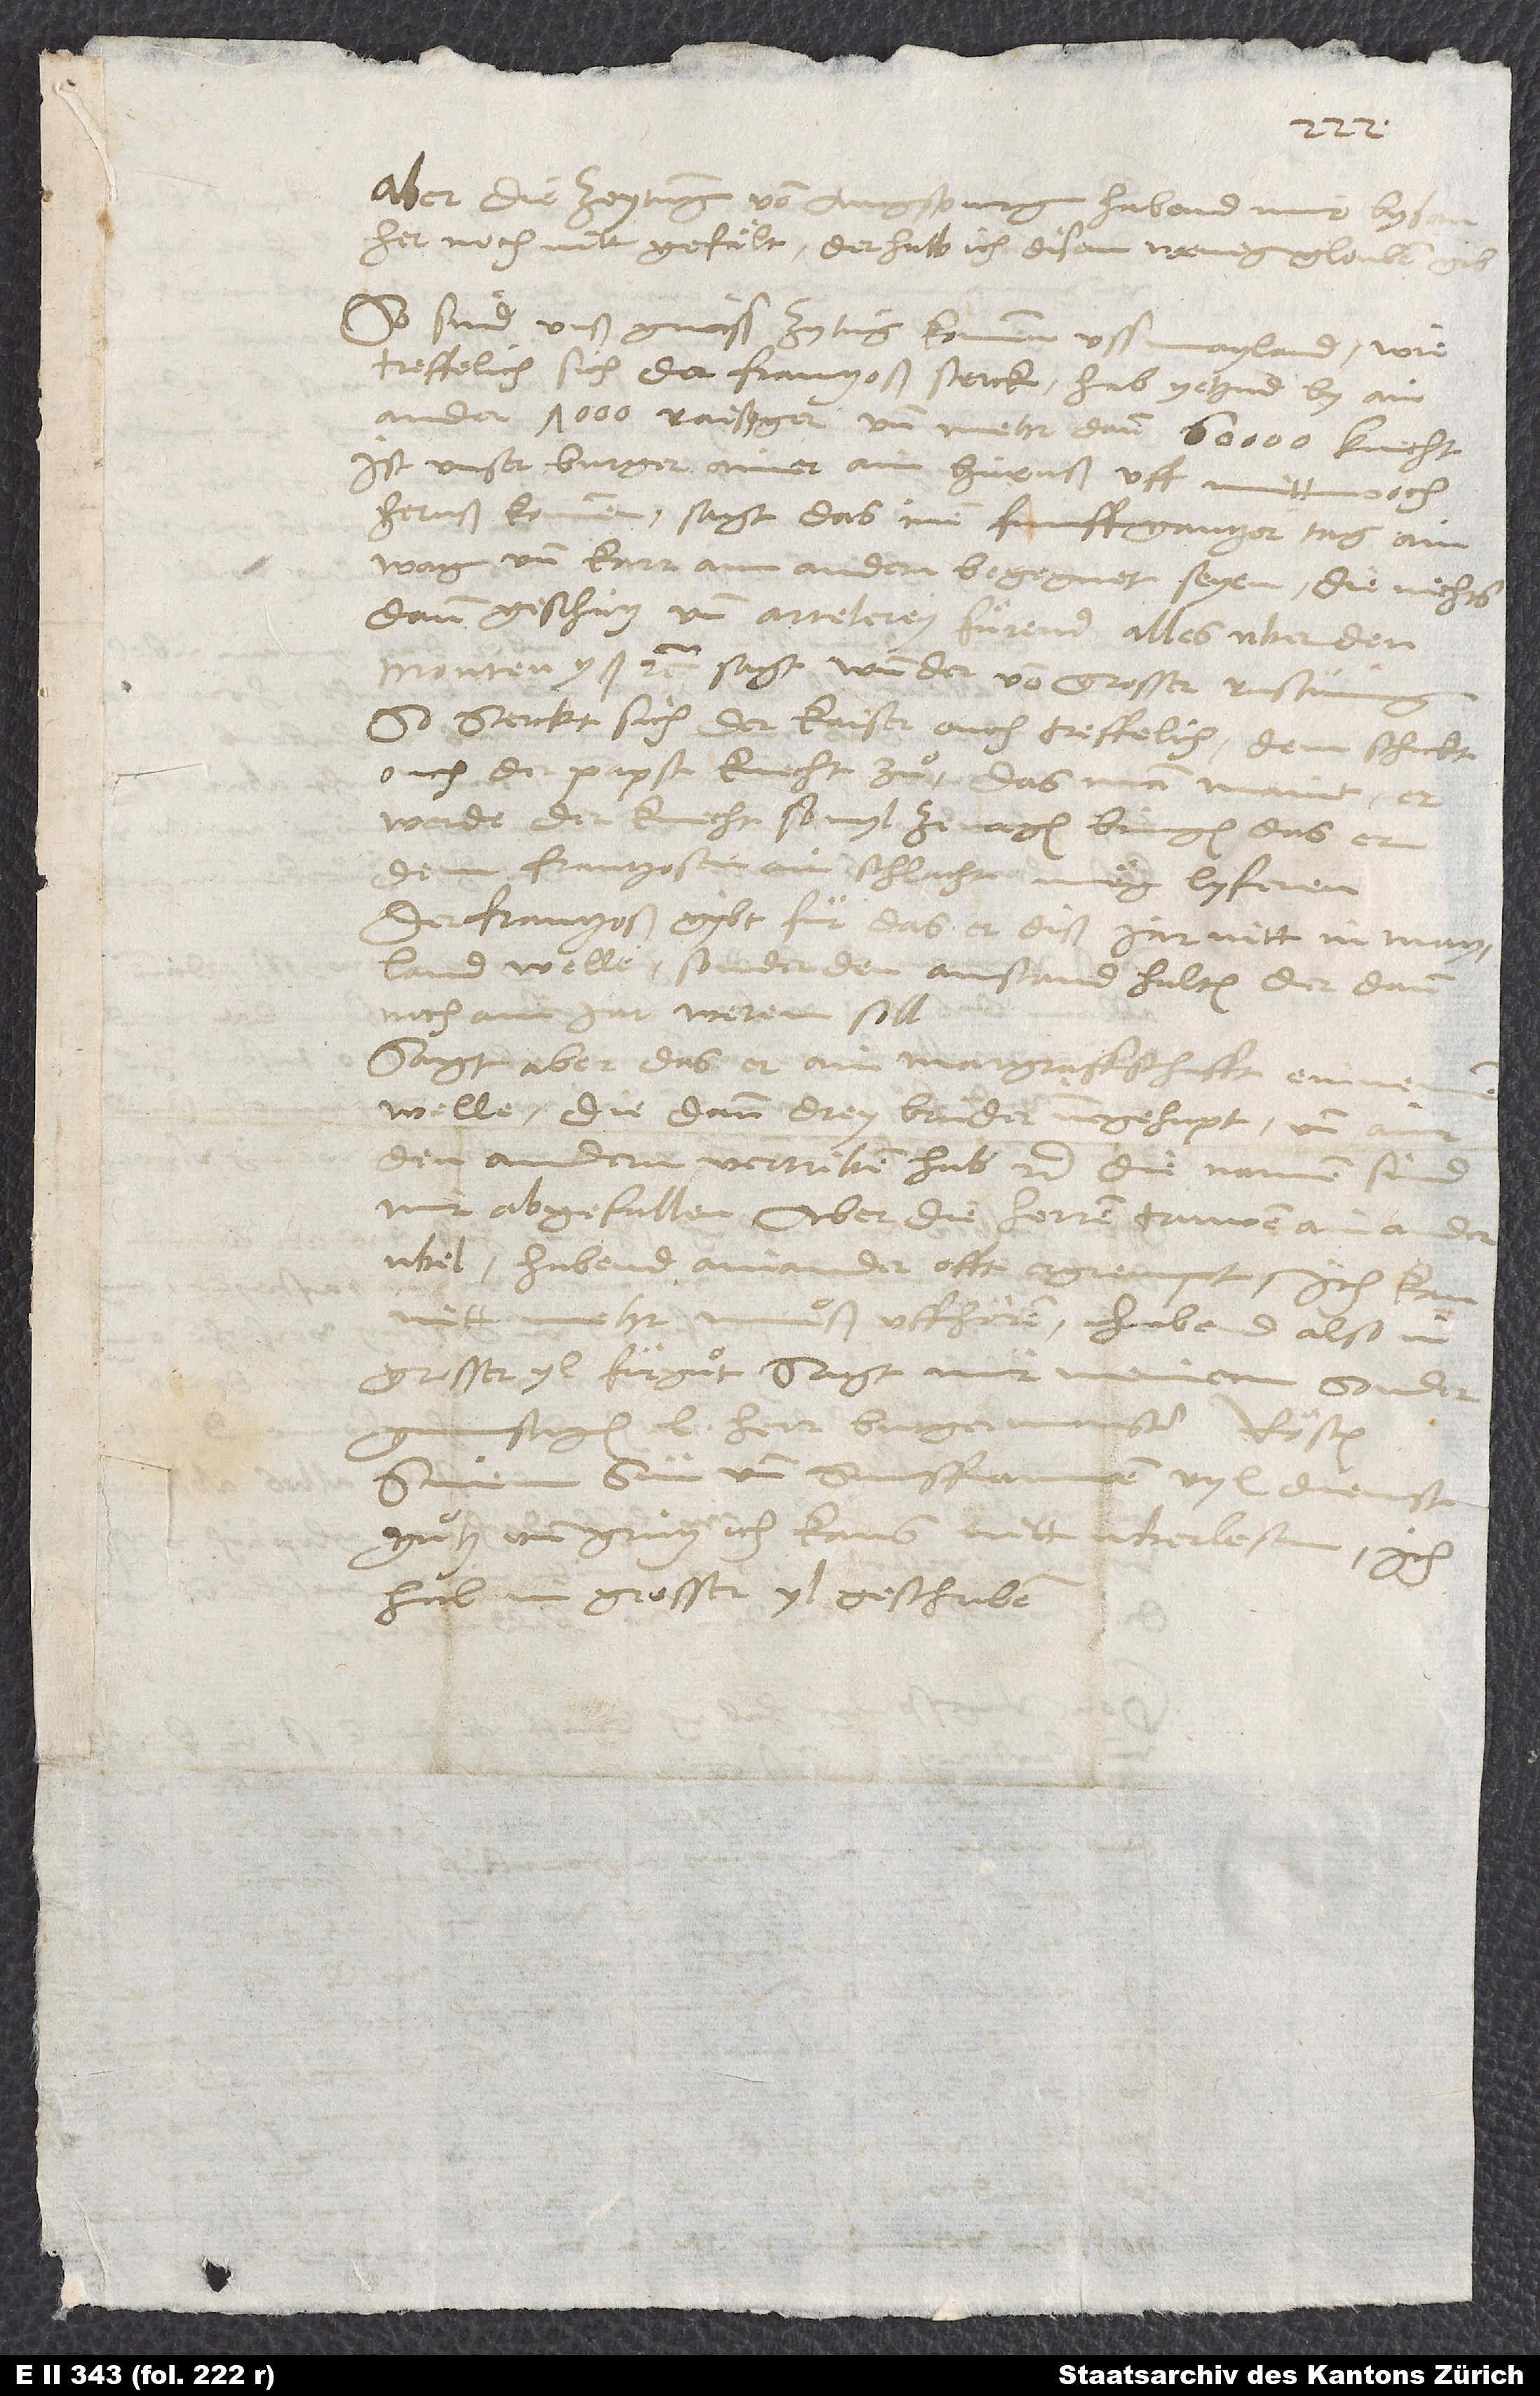
Aber die zeytung von Augspurg habend mir bysanher
noch nitt gefält, derhalb ich disem wenig glouben gib.
So sind unß gwüss zytung kommen uss Mayland, wie
treffelich sich der Frantzoß sterck; hab yetzund by ainander
7’000 raisiger und mehr dann 60’000 knecht.
Ist unser burger ainer, ain Hüruß, uff mittwoch
wagn und karr am andern begegnet seyen, die nichts
dann geschütz und artelerey fürend, alles uber den
Montenyß etc., sagt wunder von grosser rustung.
So sterckt sich der kaiser ouch treffelich. Dem schickt
ouch der papst knecht zuͦ, das man maint,
werde der knecht sovyl ze wegen bringen, das er
dem Frantzosen ain schlacht mög lyferen.
Der Frantzos gybt für, das er diß jar nitt in Mayland
welle, sonder den anstand halten, der dann
noch ain jar weren soll;
sagt aber, das er ain margraffschafft einnemen
welle, die dann drey brüder innegehapt und ainer
den andern vertriben hab etc.; die namen sind
mir abgefallen. Aber die herren truwen ainander
ubel; habend ainander offt ergrempt. Ich kann
nitt mehr, muͦß uffhören. Habend also in
grosser yl für guͦt. Sagt mir meinem sunder
gunstigen, l herr burgermaister Rösten,
sinem sun und sunsfrauwen vyl dienst,
guͦtz und gruͦtz. Ich kans nitt uberlesen;
hab in grosser yl geschriben.